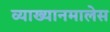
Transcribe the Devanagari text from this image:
व्याख्यानमालेस